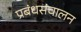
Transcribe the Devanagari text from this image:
प्रबंधसंचालन